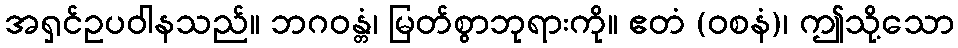
အရှင်ဥပဝါနသည်။ ဘဂဝန္တံ၊ မြတ်စွာဘုရားကို။ ဧတံ (ဝစနံ)၊ ဤသို့သော